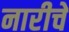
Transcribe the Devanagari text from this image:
नारीचे